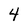
Character: 4